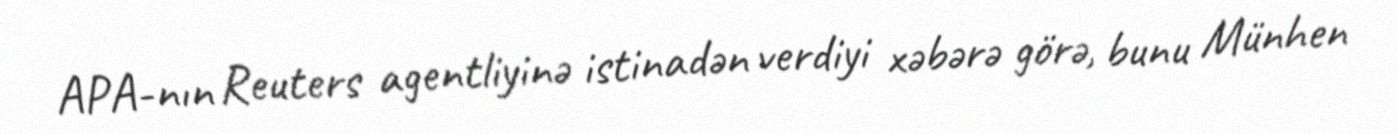
APA-nın Reuters agentliyinə istinadən verdiyi xəbərə görə, bunu Münhen